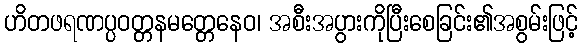
ဟိတဖရဏပ္ပဝတ္တနမတ္တေနေဝ၊ အစီးအပွားကိုပြီးစေခြင်း၏အစွမ်းဖြင့်